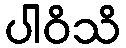
ပါဝိသိ